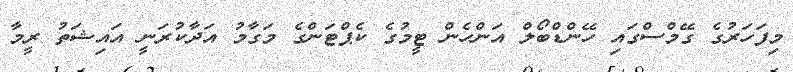
މިފަހަރުގެ ގޭމްސްގައި ހޭންޑްބޯލް އަންހެން ޓީމުގެ ކެޕްޓަންގެ މަގާމު އަދާކުރަނީ އައިޝަތު ރީމާ